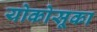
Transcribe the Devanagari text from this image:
योकोसूका